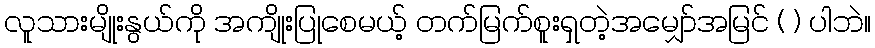
လူသားမျိုးနွယ်ကို အကျိုးပြုစေမယ့် တက်မြက်စူးရှတဲ့အမျှော်အမြင် ( ) ပါဘဲ။